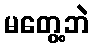
မတွေ့ဘဲ